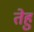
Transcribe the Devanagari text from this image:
तेहु